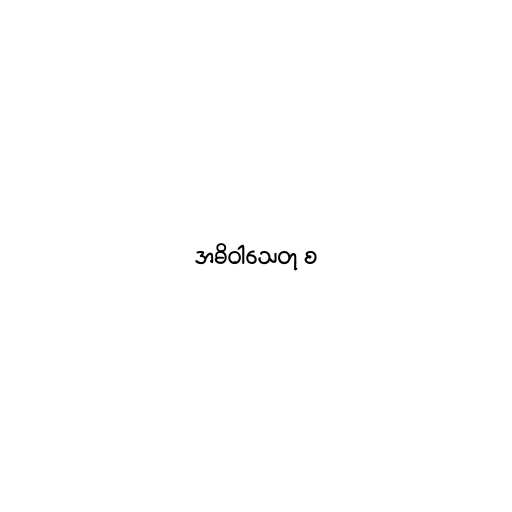
အဓိဝါသေတု စ